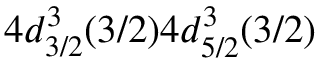
4 d _ { 3 / 2 } ^ { 3 } ( 3 / 2 ) 4 d _ { 5 / 2 } ^ { 3 } ( 3 / 2 )